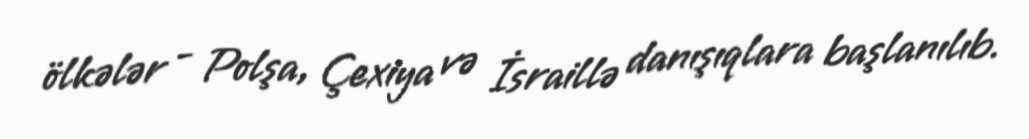
ölkələr - Polşa, Çexiya və İsraillə danışıqlara başlanılıb.